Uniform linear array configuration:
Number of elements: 8
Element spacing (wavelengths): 0.25
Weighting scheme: kaiser
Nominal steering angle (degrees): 15
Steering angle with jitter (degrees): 15.662
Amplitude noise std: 0.05
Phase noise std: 0.05

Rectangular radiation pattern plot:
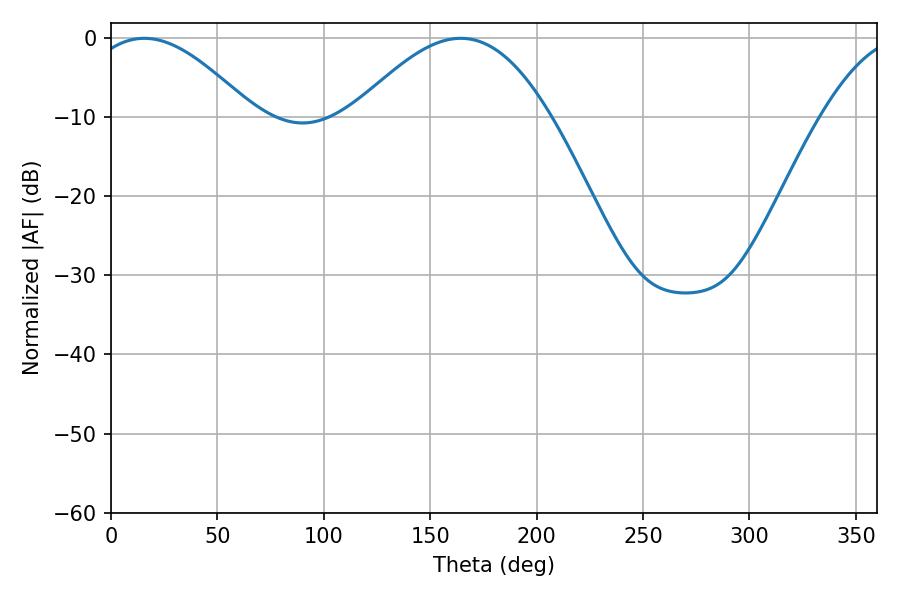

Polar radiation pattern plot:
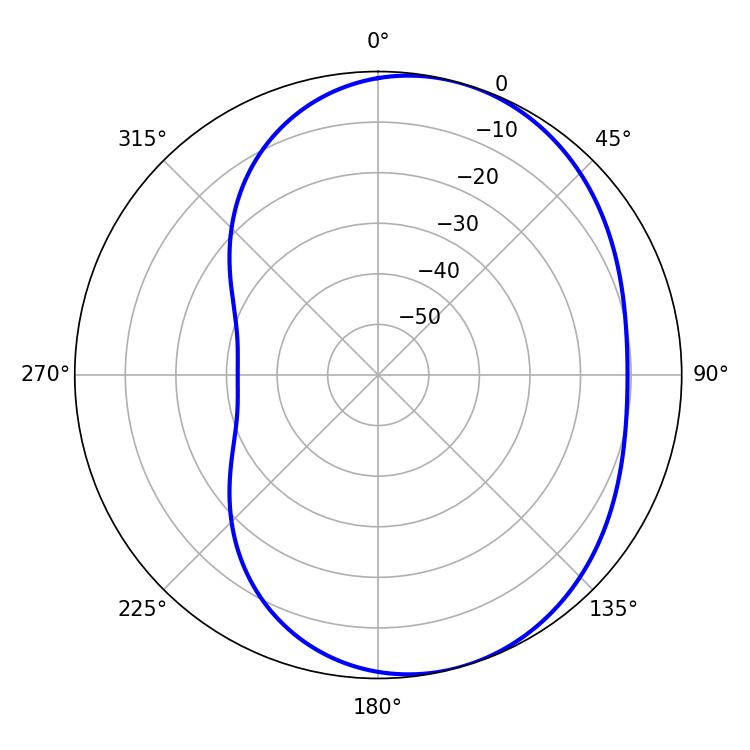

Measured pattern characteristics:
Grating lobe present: FALSE
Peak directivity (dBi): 5.137
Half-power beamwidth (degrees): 42.3
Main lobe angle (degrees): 15.66